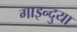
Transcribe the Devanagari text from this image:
गाइन्दुया